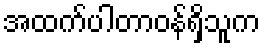
အထက်ပါတာဝန်ရှိသူက